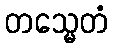
တသ္မေတံ